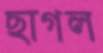
ছাগল